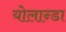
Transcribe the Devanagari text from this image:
योलान्डा